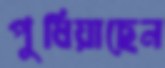
পুষিয়াছেন